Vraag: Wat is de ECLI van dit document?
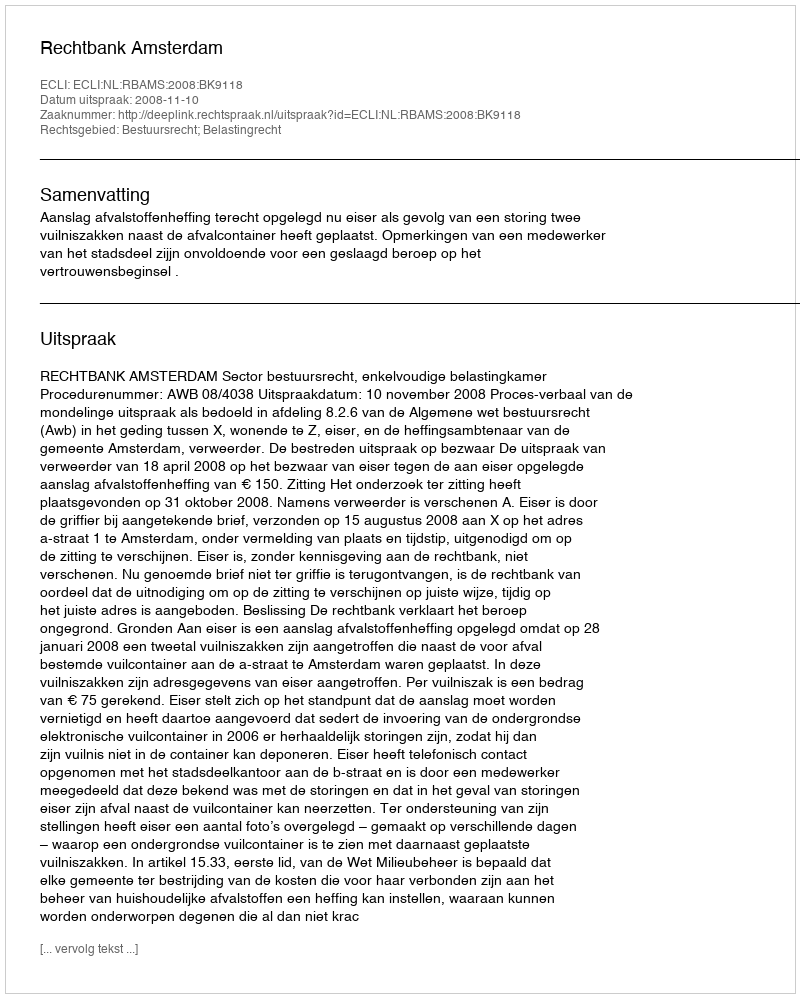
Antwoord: ECLI:NL:RBAMS:2008:BK9118